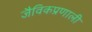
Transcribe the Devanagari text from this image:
जैविकप्रणाली